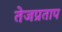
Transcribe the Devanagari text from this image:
तेजप्रताप